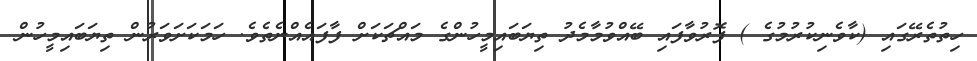
ހިތުތެރޭގައި (ކާވެނިކުރުމުގެ ) ފޮރުވާފައި ބޭއްވުމާމެދު ތިޔަބައިމީހުންގެ މައްޗަކަށް ފާފައެއްނެތެވެ. ހަމަކަށަވަރުން ތިޔަބައިމީހުން